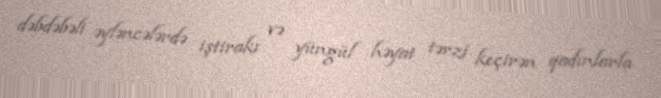
dəbdəbəli əyləncələrdə iştirakı və yüngül həyat tərzi keçirən qadınlarla